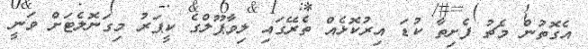
އެގޮތުން މެޗު ފެށިތާ ކުޑަ އިރުކޮޅެއް ތެރޭގައި ލިވާޕޫލްގެ ކީޕަރު މިގަނޮލެޓަށް ވަނީ